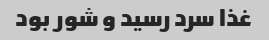
غذا سرد رسید و شور بود